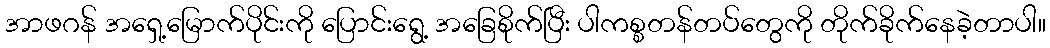
အာဖဂန် အရှေ့မြောက်ပိုင်းကို ပြောင်းရွေ့ အခြေစိုက်ပြီး ပါကစ္စတန်တပ်တွေကို တိုက်ခိုက်နေခဲ့တာပါ။